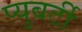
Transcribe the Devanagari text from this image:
प्युबर्टी